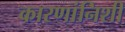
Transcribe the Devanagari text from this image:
कारणांनिशी